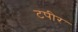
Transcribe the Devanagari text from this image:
टपीर